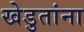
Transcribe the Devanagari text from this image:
खेडुतांना